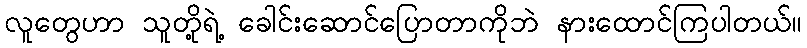
လူတွေဟာ သူတို့ရဲ့ ခေါင်းဆောင်ပြောတာကိုဘဲ နားထောင်ကြပါတယ်။